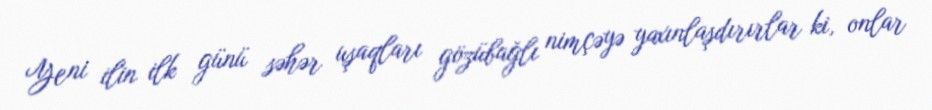
Yeni ilin ilk günü səhər uşaqları gözübağlı nimçəyə yaxınlaşdırırlar ki, onlar